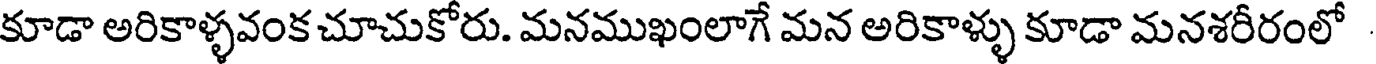
కూడా అరికాళ్ళవంకచూచుకోరు. మనముఖంలాగే మన అరికాళ్ళు కూడా మనశరీరంలో